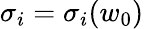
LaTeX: \sigma_{i}=\sigma_{i}(w_{0})